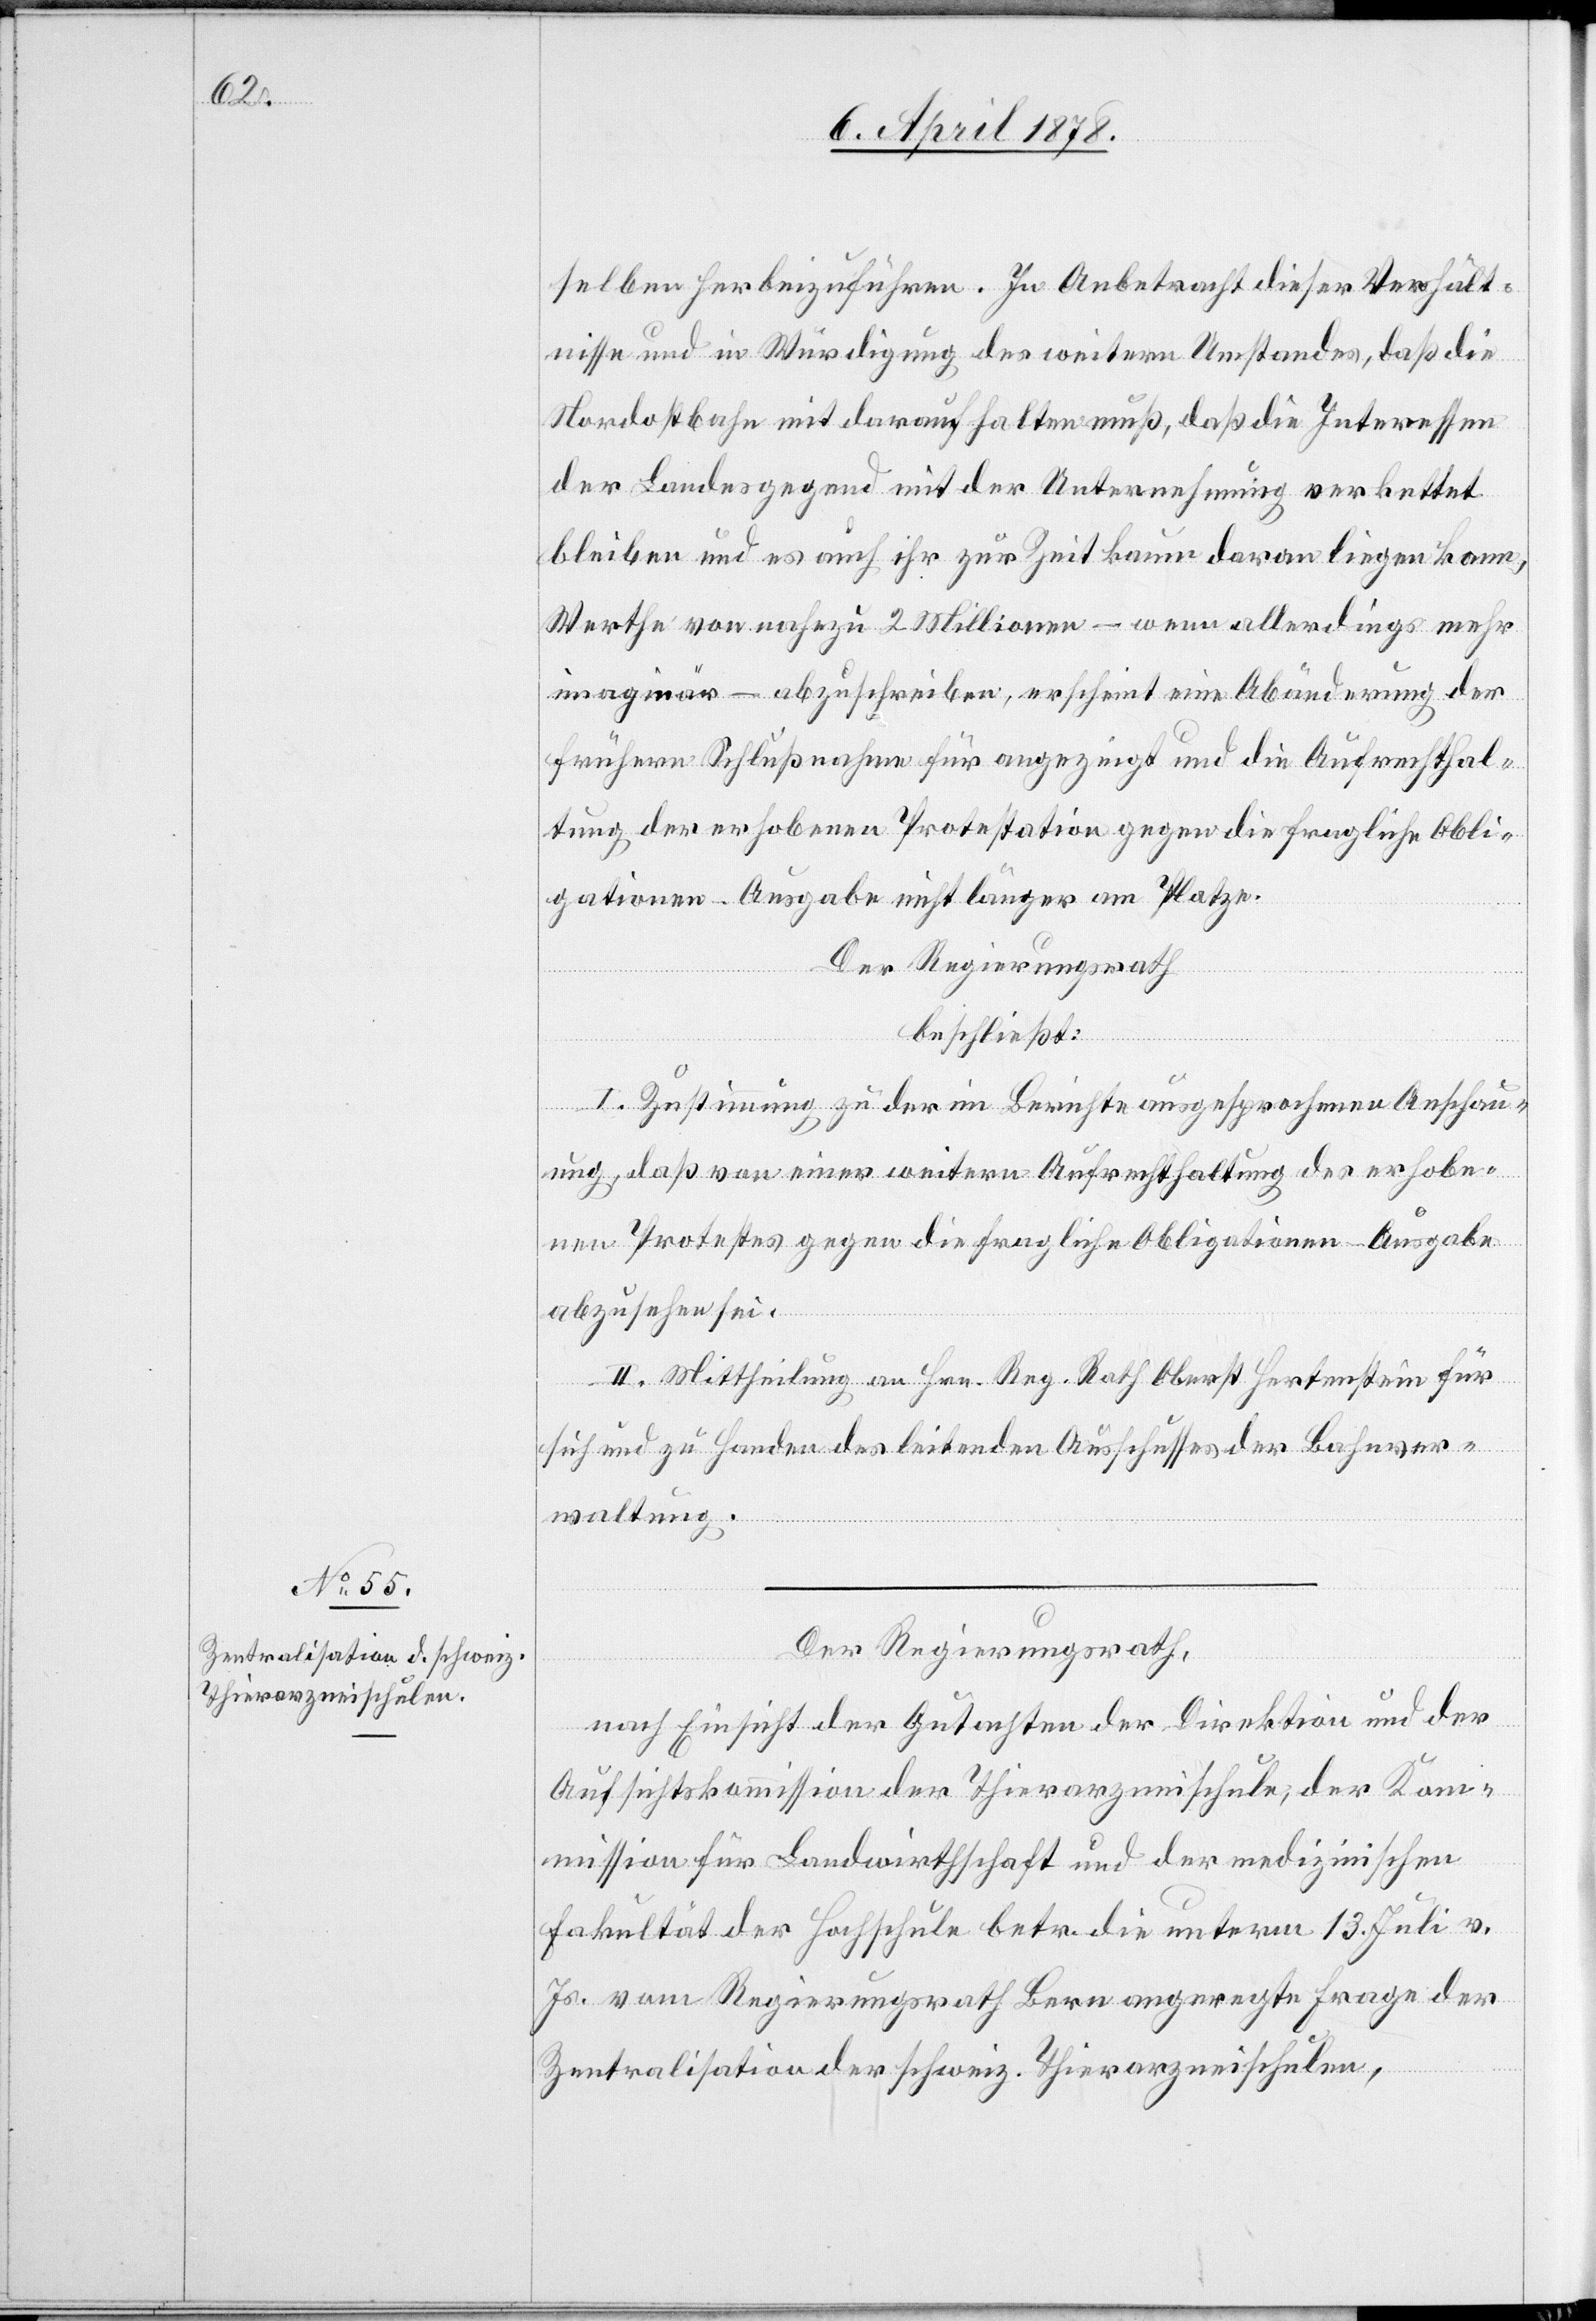
selben herbeizuführen. In Anbetracht dieser Verhält¬
nisse und in Würdigung des weitern Umstandes, daß die
Nordostbahn mit darauf halten muß, daß die Interessen
der Landesgegend mit der Unternehmung verkettet
bleiben und es auch ihr zur Zeit kaum daran liegen kann,
Werthe von nach zu 2 Millionen – wenn allerdings mehr
imaginär – abzuschreiben, erscheint eine Abänderung der
frühern Schlußnahme für angezeigt und die Aufrechthal¬
tung der erhobenen Protestation gegen die fragliche Obli¬
gationen-Ausgabe nicht länger am Platze.
Der Regierungsrath
beschließt:
I. Zustimmung zu der im Berichte ausgesprochenen Anschau¬
ung, daß von einer weitern Aufrechthaltung des erhobe¬
nen Protestes gegen die fragliche Obligationen-Ausgabe
abzusehen sei.
II. Mittheilung an Hrn. Reg. Rath Oberst Hertenstein für
sich und zu Handen des leitenden Ausschusses der Bahnver¬
waltung.
Der Regierungsrath,
Aufsichtskommission der Thierarzneischule, der Kom¬
mission für Landwirthschaft und der medizinischen
Fakultät der Hochschule betr. die unterm 13. Juli v.
Js. vom Regierungsrath Bern angeregte Frage der
der
Zentralisation der schweiz. Thierarzneischulen,